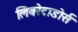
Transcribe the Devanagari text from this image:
लिबरेटाडोर्स